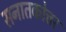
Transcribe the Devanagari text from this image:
सनातकोत्तर